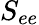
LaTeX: S_{ee}